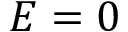
E = 0